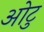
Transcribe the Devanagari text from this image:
ओटु